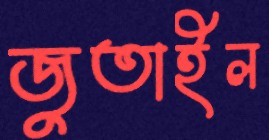
জুতাইল